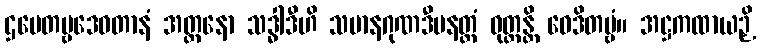
ဌပေတဗ္ဗဒေဝတာနံ အတ္တနော သဒ္ဓါဒီဟိ သမာနဂုဏဒီပနတ္ထံ ဝုတ္တန္တိ ဝေဒိတဗ္ဗံ။ အဋ္ဌကထာယဉှိ